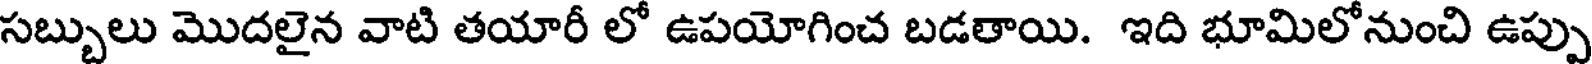
సబ్బులు మొదలైన వాటి తయారీ లో ఉపయోగించ బడతాయి. ఇది భూమిలోనుంచి ఉప్పు